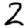
Digit: 2